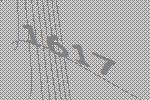
1617